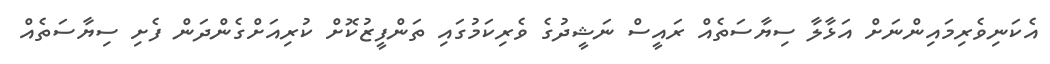
އެކަނިވެރިމައިންނަށް އަޅާލާ ސިޔާސަތެއް ރައީސް ނަޝީދުގެ ވެރިކަމުގައި ތަންފީޒުކޮށް ކުރިއަށްގެންދަން ފެށި ސިޔާސަތެއް